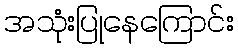
အသုံးပြုနေကြောင်း